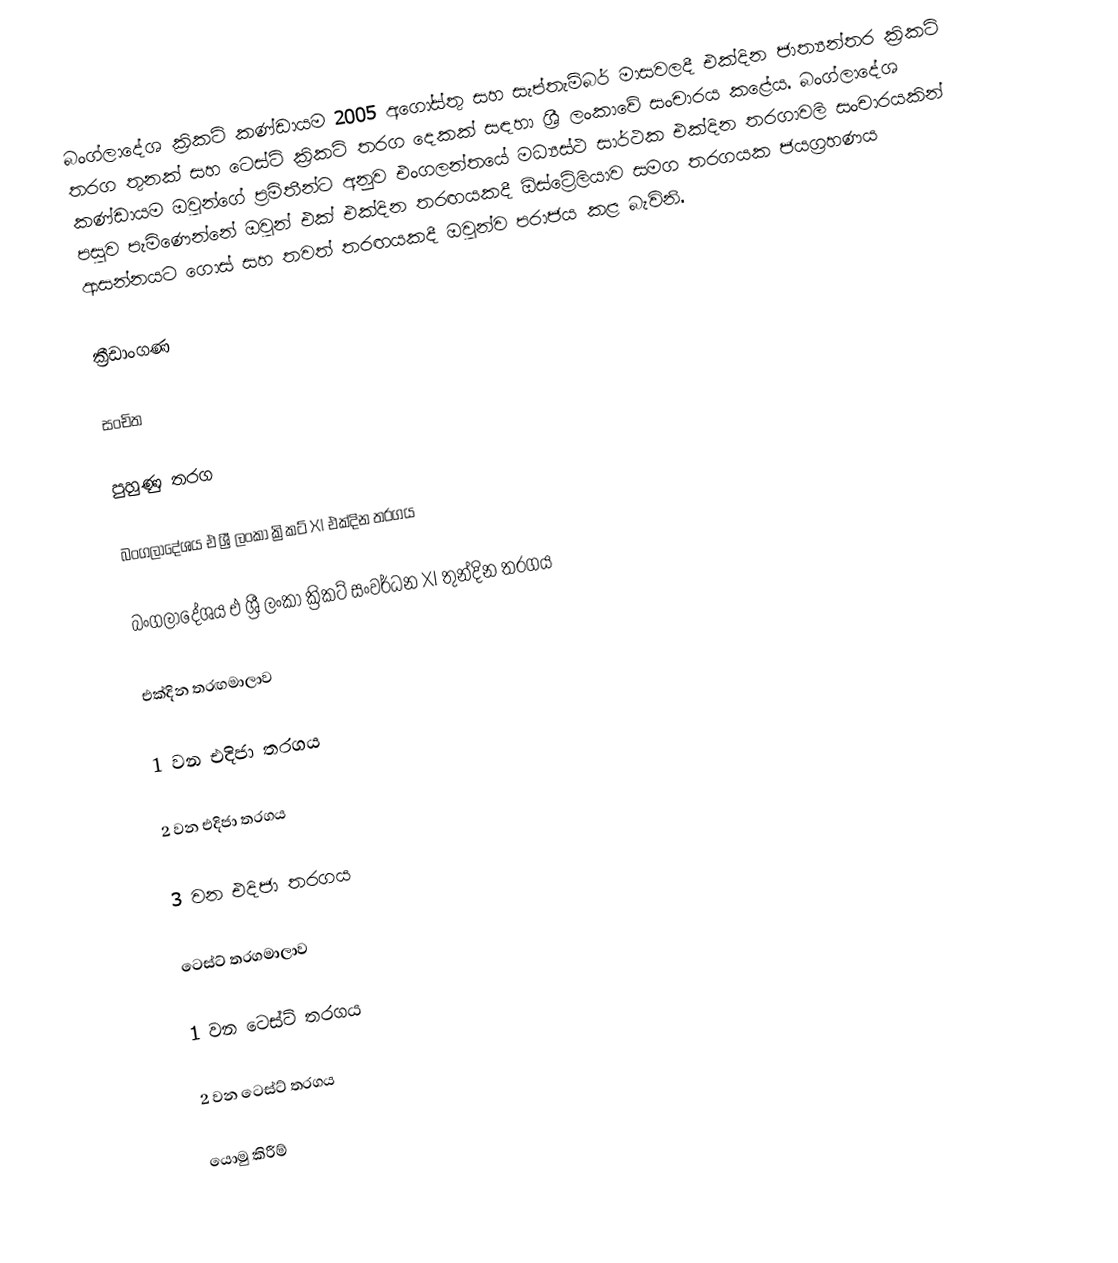
බංග්ලාදේශ ක්‍රිකට් කණ්ඩායම 2005 අගෝස්තු සහ සැප්තැම්බර් මාසවලදී එක්දින ජාත්‍යන්තර ක්‍රිකට් තරග තුනක් සහ ටෙස්ට් ක්‍රිකට් තරග දෙකක් සඳහා ශ්‍රී ලංකාවේ සංචාරය කළේය. බංග්ලාදේශ කණ්ඩායම ඔවුන්ගේ ප්‍රමිතීන්ට අනුව එංගලන්තයේ මධ්‍යස්ථ සාර්ථක එක්දින තරගාවලි සංචාරයකින් පසුව පැමිණෙන්නේ ඔවුන් එක් එක්දින තරඟයකදී ඕස්ට්‍රේලියාව සමග තරගයක ජයග්‍රහණය ආසන්නයට ගොස් සහ තවත් තරඟයකදී ඔවුන්ව පරාජය කළ බැවිනි.

ක්‍රීඩාංගණ

සංචිත

පුහුණු තරග

බංගලාදේශය එ ශ්‍රී ලංකා ක්‍රිකට් XI එක්දින තරගය

බංගලාදේශය එ ශ්‍රී ලංකා ක්‍රිකට් සංවර්ධන XI තුන්දින තරගය

එක්දින තරඟමාලාව

1 වන එදිජා තරගය

2 වන එදිජා තරගය

3 වන එදිජා තරගය

ටෙස්ට් තරගමාලාව

1 වන ටෙස්ට් තරගය

2 වන ටෙස්ට් තරගය

යොමු කිරීම්